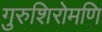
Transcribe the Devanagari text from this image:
गुरुशिरोमणि